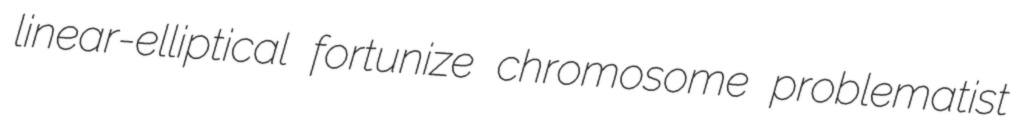
linear-elliptical fortunize chromosome problematist